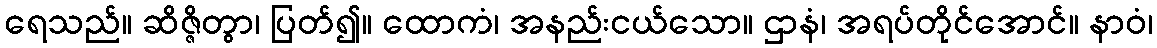
ရေသည်။ ဆိဇ္ဇိတွာ၊ ပြတ်၍။ ထောကံ၊ အနည်းငယ်သော။ ဌာနံ၊ အရပ်တိုင်အောင်။ နာဝံ၊